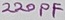
Text: 220PF